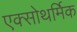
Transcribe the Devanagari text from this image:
एक्सोथर्मिक